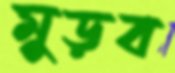
মুড়ব